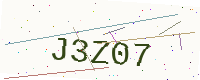
Text: J3Z07